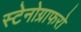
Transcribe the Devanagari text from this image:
स्टेनोग्राफरो